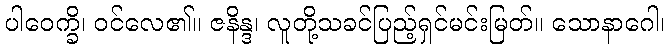
ပါဝေက္ခိ၊ ဝင်လေ၏။ ဇနိန္ဒ၊ လူတို့သခင်ပြည့်ရှင်မင်းမြတ်။ သောနာဂေါ၊